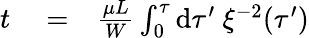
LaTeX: \begin{array}{rlr}{t}&{{}=}&{\frac{\mu L}{W}\int_{0}^{\tau}\mathrm{d}\tau^{\prime}\ \xi^{-2}(\tau^{\prime})}\end{array}